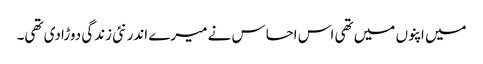
میں اپنوں میں تھی اس احساس نے میرے اندر نئی زندگی دوڑادی تھی۔